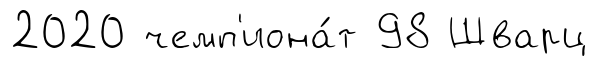
2020 чемп'иона́т 98 Шварц